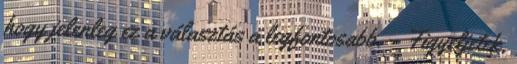
hogy jelenleg ez a választás a legfontosabb. – Figyeljetek,